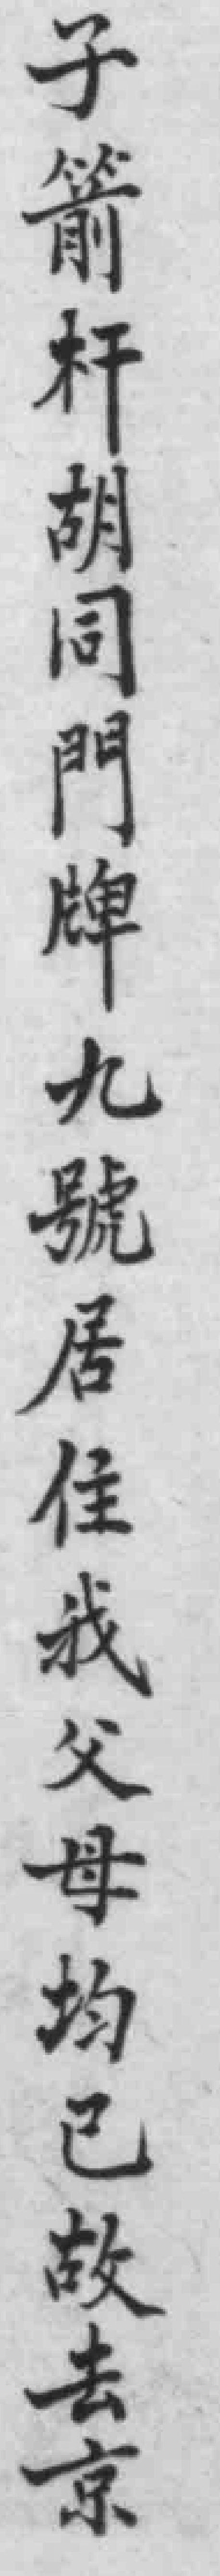
子箭杆胡同門牌九號居住我父母均已故去京